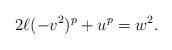
LaTeX: \begin{align*} 2\ell(-v^2)^p + u^p = w^2. \end{align*}